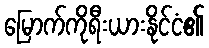
မြောက်ကိုရီးယားနိုင်ငံ၏